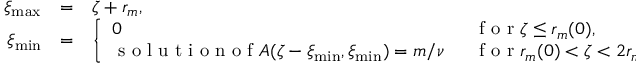
\begin{array} { r l l } { \xi _ { \operatorname* { m a x } } } & { = } & { \zeta + r _ { m } , \medskip } \\ { \xi _ { \operatorname* { m i n } } } & { = } & { \left\{ \begin{array} { l l } { 0 } & { \mathrm { ~ f ~ o ~ r ~ } \zeta \leq r _ { m } ( 0 ) , \medskip } \\ { \mathrm { ~ s ~ o ~ l ~ u ~ t ~ i ~ o ~ n ~ o ~ f ~ } A ( \zeta - \xi _ { \operatorname* { m i n } } , \xi _ { \operatorname* { m i n } } ) = m / \nu \; \; } & { \mathrm { ~ f ~ o ~ r ~ } r _ { m } ( 0 ) < \zeta < 2 r _ { m } . } \end{array} \right. } \end{array}